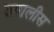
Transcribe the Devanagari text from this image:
उपालीस